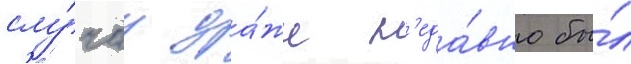
слу́чау да́же н'еда́вно бы́л